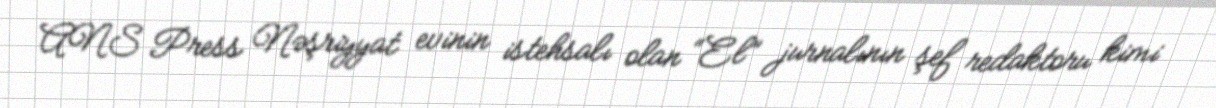
ANS Press Nəşriyyat evinin istehsalı olan “El” jurnalının şef redaktoru kimi